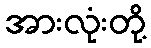
အားလုံးတို့